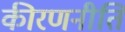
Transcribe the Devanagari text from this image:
कीरणनीति